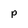
Character: p